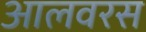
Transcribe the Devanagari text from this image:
आलवरस